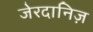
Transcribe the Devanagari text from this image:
जेरदानिज़